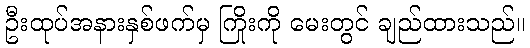
ဦးထုပ်အနားနှစ်ဖက်မှ ကြိုးကို မေးတွင် ချည်ထားသည်။